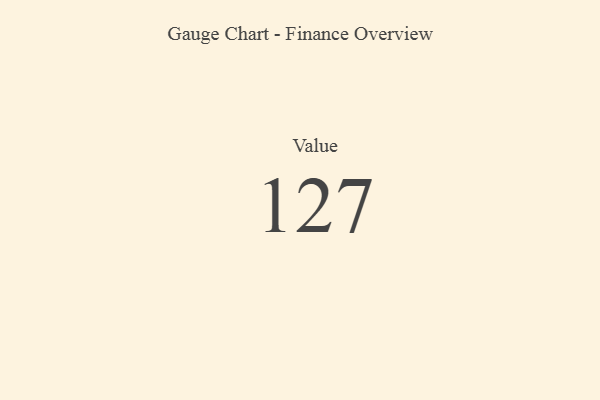
{"axis": {"x": "Metric", "y": "Value"}, "legend": [""], "data": [{"x": "Value", "y": 127, "type": ""}]}